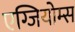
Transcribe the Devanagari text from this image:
एग्जियोम्स